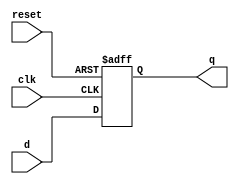
`timescale 1ns / 1ps
//////////////////////////////////////////////////////////////////////////////////
// Company: 
// Engineer: 
// 
// Design Name: 
// Module Name: D Flipflop
// Project Name: 
// Target Devices: 
// Tool Versions: 
// Description: 
// 
// Dependencies: 
// 
// Revision:
// Revision 0.01 - File Created
// Additional Comments:
// 
//////////////////////////////////////////////////////////////////////////////////


module D_FF(q,d,clk,reset);
    output q;
    input d, clk, reset;
    reg q;
    // lots of construction here....
    always @(posedge reset or negedge clk)
    if (reset)
    q = 1'b0;
    else
    q=d;
endmodule